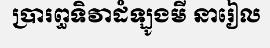
ប្រារព្ធទិវាដំឡូងមី នារៀល